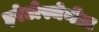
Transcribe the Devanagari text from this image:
इरेटोस्थेनीज़